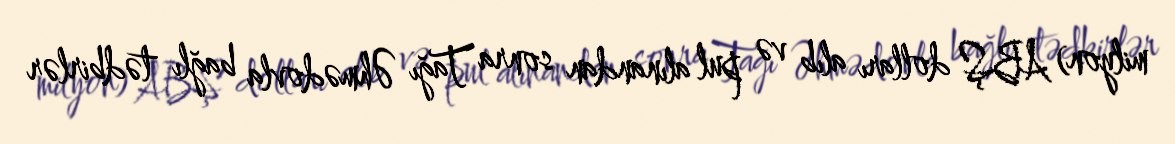
milyon) ABŞ dolları alıb və pul alınandan sonra Tağı Əhmədovla bağlı tədbirlər